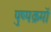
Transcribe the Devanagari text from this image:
पुष्पक्रमों